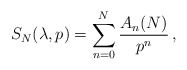
\begin{align*}S_N(\lambda,p) = \sum_{n=0}^{N} {A_n (N) \over p^n} \, ,\end{align*}